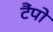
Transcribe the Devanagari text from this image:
टैंपो